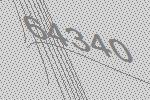
64340